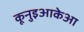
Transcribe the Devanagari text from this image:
कूनुइआकेआ